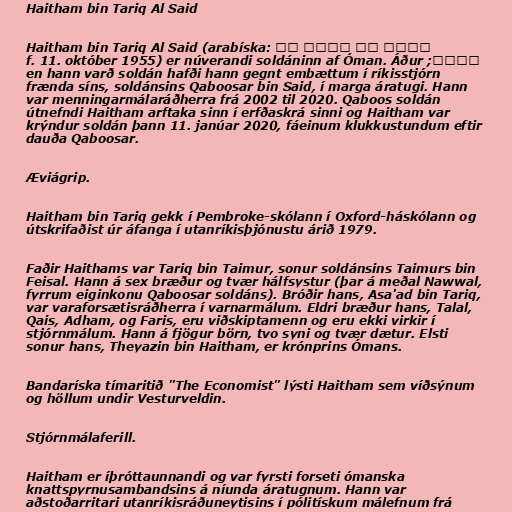
Haitham bin Tariq Al Said

Haitham bin Tariq Al Said (arabíska: هيثم بن طارق آل
سعيد; f. 11. október 1955) er núverandi soldáninn af Óman. Áður
en hann varð soldán hafði hann gegnt embættum í ríkisstjórn
frænda síns, soldánsins Qaboosar bin Said, í marga áratugi. Hann
var menningarmálaráðherra frá 2002 til 2020. Qaboos soldán
útnefndi Haitham arftaka sinn í erfðaskrá sinni og Haitham var
krýndur soldán þann 11. janúar 2020, fáeinum klukkustundum eftir
dauða Qaboosar.

Æviágrip.

Haitham bin Tariq gekk í Pembroke-skólann í Oxford-háskólann og
útskrifaðist úr áfanga í utanríkisþjónustu árið 1979.

Faðir Haithams var Tariq bin Taimur, sonur soldánsins Taimurs bin
Feisal. Hann á sex bræður og tvær hálfsystur (þar á meðal Nawwal,
fyrrum eiginkonu Qaboosar soldáns). Bróðir hans, Asa'ad bin Tariq,
var varaforsætisráðherra í varnarmálum. Eldri bræður hans, Talal,
Qais, Adham, og Faris, eru viðskiptamenn og eru ekki virkir í
stjórnmálum. Hann á fjögur börn, tvo syni og tvær dætur. Elsti
sonur hans, Theyazin bin Haitham, er krónprins Ómans.

Bandaríska tímaritið "The Economist" lýsti Haitham sem víðsýnum
og höllum undir Vesturveldin.

Stjórnmálaferill.

Haitham er íþróttaunnandi og var fyrsti forseti ómanska
knattspyrnusambandsins á níunda áratugnum. Hann var
aðstoðarritari utanríkisráðuneytisins í pólitískum málefnum frá